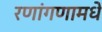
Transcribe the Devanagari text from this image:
रणांगणामधे